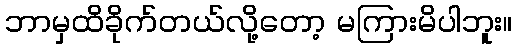
ဘာမှထိခိုက်တယ်လို့တော့ မကြားမိပါဘူး။